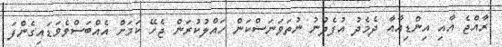
ރާއްޖެ އާއި އިންޑިއާއާ ދެމެދު އުފެދުނު ނުތަވަނަސްކަން ހައްލުކުރަން ޖެހޭ ކަމަށް އެއްބަސްވެވަޑައިގެންފަ